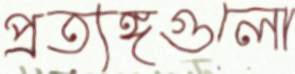
প্রত্যঙ্গগুলো